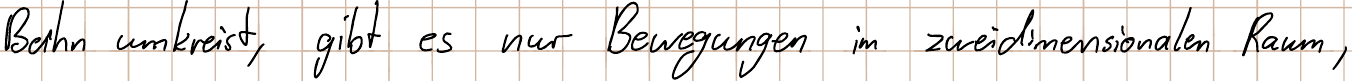
Bahn umkreist, gibt es nur Bewegungen im zweidimensionalen Raum,